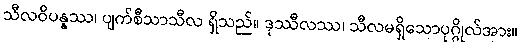
သီလဝိပန္နဿ၊ ပျက်စီသာသီလ ရှိသည်။ ဒုဿီလဿ၊ သီလမရှိသောပုဂ္ဂိုလ်အား။